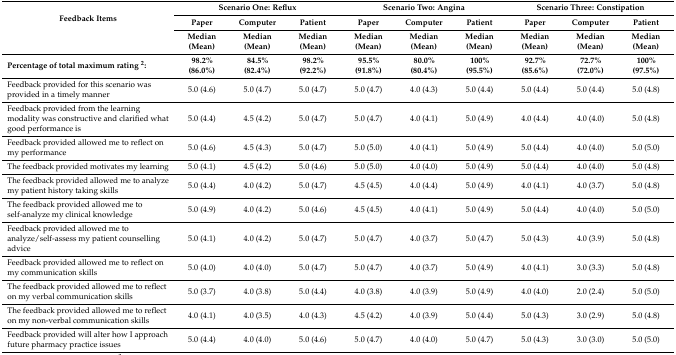
<table><thead><tr><td rowspan="3"><b>Feedback Items</b></td><td colspan="3"><b>Scenario One: Reflux</b></td><td colspan="3"><b>Scenario Two: Angina</b></td><td colspan="3"><b>Scenario Three: Constipation</b></td></tr><tr><td><b>Paper</b></td><td><b>Computer</b></td><td><b>Patient</b></td><td><b>Paper</b></td><td><b>Computer</b></td><td><b>Patient</b></td><td><b>Paper</b></td><td><b>Computer</b></td><td><b>Patient</b></td></tr><tr><td><b>Median (Mean)</b></td><td><b>Median (Mean)</b></td><td><b>Median (Mean)</b></td><td><b>Median (Mean)</b></td><td><b>Median (Mean)</b></td><td><b>Median (Mean)</b></td><td><b>Median (Mean)</b></td><td><b>Median (Mean)</b></td><td><b>Median (Mean)</b></td></tr></thead><tbody><tr><td><b>Percentage of total maximum rating <sup>2</sup>:</b></td><td><b>98.2% (86.0%)</b></td><td><b>84.5% (82.4%)</b></td><td><b>98.2% (92.2%)</b></td><td><b>95.5% (91.8%)</b></td><td><b>80.0% (80.4%)</b></td><td><b>100% (95.5%)</b></td><td><b>92.7% (85.6%)</b></td><td><b>72.7% (72.0%)</b></td><td><b>100% (97.5%)</b></td></tr><tr><td>Feedback provided for this scenario was provided in a timely manner </td><td>5.0 (4.6)</td><td>5.0 (4.7)</td><td>5.0 (4.7)</td><td>5.0 (4.7)</td><td>4.0 (4.3)</td><td>5.0 (4.4)</td><td>5.0 (4.4)</td><td>5.0 (4.4)</td><td>5.0 (4.8)</td></tr><tr><td>Feedback provided from the learning modality was constructive and clarified what good performance is </td><td>5.0 (4.4)</td><td>4.5 (4.2)</td><td>5.0 (4.7)</td><td>5.0 (4.7)</td><td>4.0 (4.1)</td><td>5.0 (4.9)</td><td>4.0 (4.4)</td><td>4.0 (4.0)</td><td>5.0 (4.8)</td></tr><tr><td>Feedback provided allowed me to reflect on my performance </td><td>5.0 (4.6)</td><td>4.5 (4.3)</td><td>5.0 (4.7)</td><td>5.0 (5.0)</td><td>4.0 (4.1)</td><td>5.0 (4.9)</td><td>5.0 (4.4)</td><td>4.0 (4.0)</td><td>5.0 (5.0)</td></tr><tr><td>The feedback provided motivates my learning </td><td>5.0 (4.1)</td><td>4.5 (4.2)</td><td>5.0 (4.6)</td><td>5.0 (5.0)</td><td>4.0 (4.0)</td><td>5.0 (4.9)</td><td>5.0 (4.4)</td><td>4.0 (4.0)</td><td>5.0 (4.8)</td></tr><tr><td>The feedback provided allowed me to analyze my patient history taking skills </td><td>5.0 (4.4)</td><td>4.0 (4.2)</td><td>5.0 (4.7)</td><td>4.5 (4.5)</td><td>4.0 (4.4)</td><td>5.0 (4.9)</td><td>4.0 (4.1)</td><td>4.0 (3.7)</td><td>5.0 (4.8)</td></tr><tr><td>The feedback provided allowed me to self-analyze my clinical knowledge </td><td>5.0 (4.9)</td><td>4.0 (4.2)</td><td>5.0 (4.6)</td><td>4.5 (4.5)</td><td>4.0 (4.1)</td><td>5.0 (4.9)</td><td>5.0 (4.4)</td><td>4.0 (4.0)</td><td>5.0 (5.0)</td></tr><tr><td>Feedback provided allowed me to analyze/self-assess my patient counselling advice </td><td>5.0 (4.1)</td><td>4.0 (4.2)</td><td>5.0 (4.7)</td><td>5.0 (4.7)</td><td>4.0 (3.7)</td><td>5.0 (4.7)</td><td>5.0 (4.3)</td><td>4.0 (3.9)</td><td>5.0 (4.8)</td></tr><tr><td>Feedback provided allowed me to reflect on my communication skills </td><td>5.0 (4.0)</td><td>4.0 (4.0)</td><td>5.0 (4.7)</td><td>5.0 (4.7)</td><td>4.0 (3.7)</td><td>5.0 (4.9)</td><td>4.0 (4.1)</td><td>3.0 (3.3)</td><td>5.0 (4.8)</td></tr><tr><td>The feedback provided allowed me to reflect on my verbal communication skills </td><td>5.0 (3.7)</td><td>4.0 (3.8)</td><td>5.0 (4.4)</td><td>4.0 (3.8)</td><td>4.0 (3.9)</td><td>5.0 (4.9)</td><td>4.0 (4.0)</td><td>2.0 (2.4)</td><td>5.0 (5.0)</td></tr><tr><td>The feedback provided allowed me to reflect on my non-verbal communication skills </td><td>4.0 (4.1)</td><td>4.0 (3.5)</td><td>4.0 (4.3)</td><td>4.5 (4.2)</td><td>4.0 (3.9)</td><td>5.0 (4.4)</td><td>5.0 (4.3)</td><td>3.0 (2.9)</td><td>5.0 (4.8)</td></tr><tr><td>Feedback provided will alter how I approach future pharmacy practice issues </td><td>5.0 (4.4)</td><td>4.0 (4.0)</td><td>5.0 (4.6)</td><td>5.0 (4.7)</td><td>4.0 (4.0)</td><td>5.0 (4.7)</td><td>5.0 (4.3)</td><td>3.0 (3.0)</td><td>5.0 (5.0)</td></tr></tbody></table>